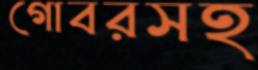
গোবরসহ